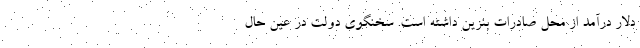
دلار درآمد از محل صادرات بنزین داشته است. سخنگوی دولت در عین حال